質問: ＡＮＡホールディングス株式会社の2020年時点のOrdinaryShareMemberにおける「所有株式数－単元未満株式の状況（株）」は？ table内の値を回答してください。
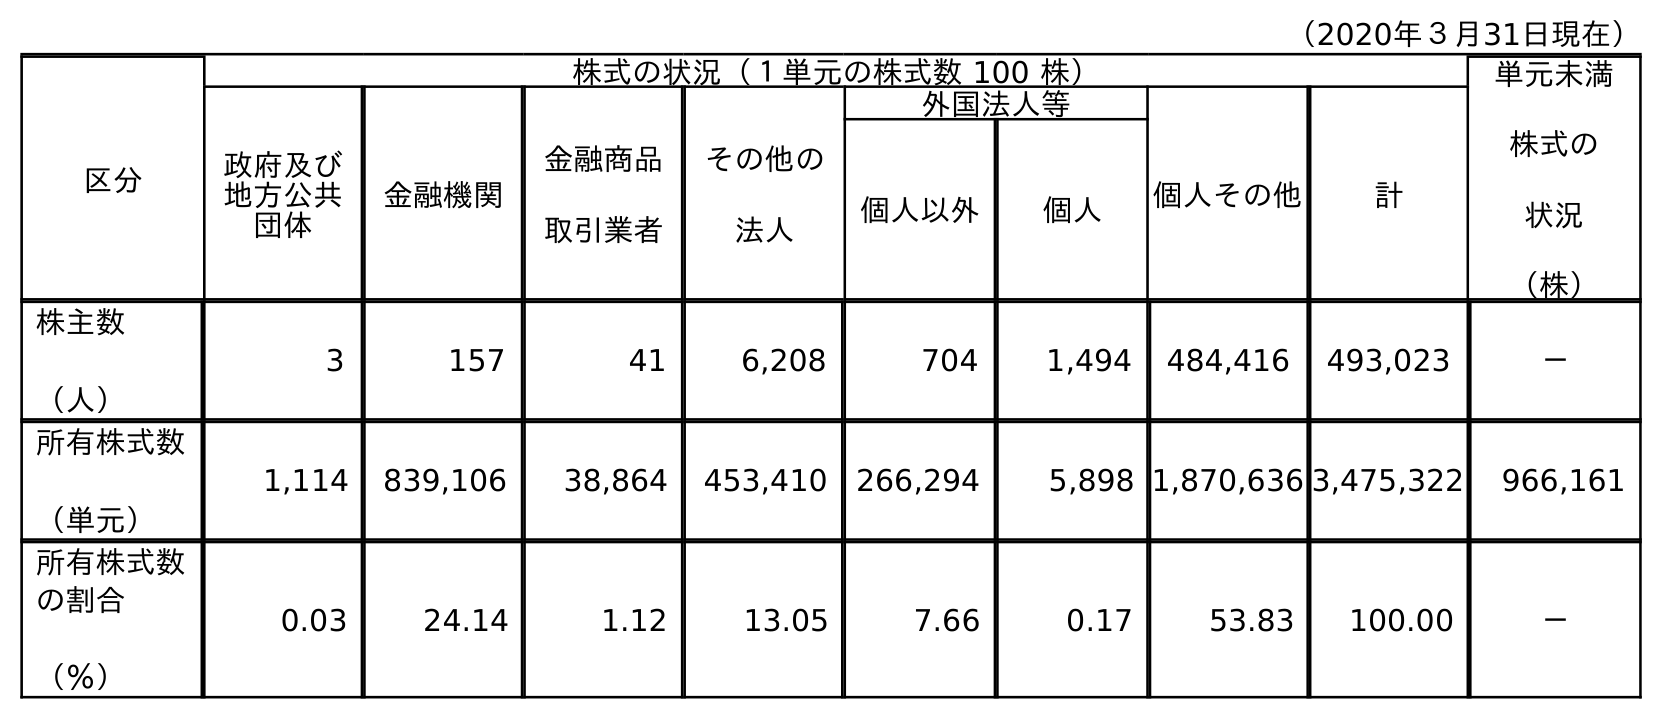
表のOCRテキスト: （2020年３月31日現在） 区分 株式の状況（１単元の株式数 100 株） 単元未満 株式の 状況 （株） 政府及び 地方公共 団体 金融機関 金融商品 取引業者 その他の 法人 外国法人等 個人その他 計 個人以外 個人 株主数 （人） 3 157 41 6,208 704 1,494 484,416 493,023 － 所有株式数 （単元） 1,114 839,106 38,864 453,410 266,294 5,898 1,870,636 3,475,322 966,161 所有株式数 の割合 （％） 0.03 24.14 1.12 13.05 7.66 0.17 53.83 100.00 －
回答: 966,161